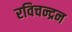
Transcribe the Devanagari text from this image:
रविचन्द्रन